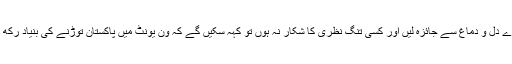
اگرہم آج ٹھنڈے دل و دماغ سے جائزہ لیں اور کسی تنگ نظری کا شکار نہ ہوں تو کہہ سکیں گے کہ ون یونٹ میں پاکستان توڑنے کی بنیاد رکھ دی گئی تھی۔